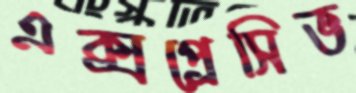
এক্সপ্রেসিভ